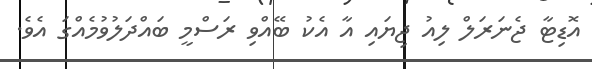
އޮޑިޓާ ޖެނަރަލް ލިއު ޖިޔައި އާ އެކު ބޭއްވި ރަސްމީ ބައްދަލުވުމެއްގަ އެވެ.